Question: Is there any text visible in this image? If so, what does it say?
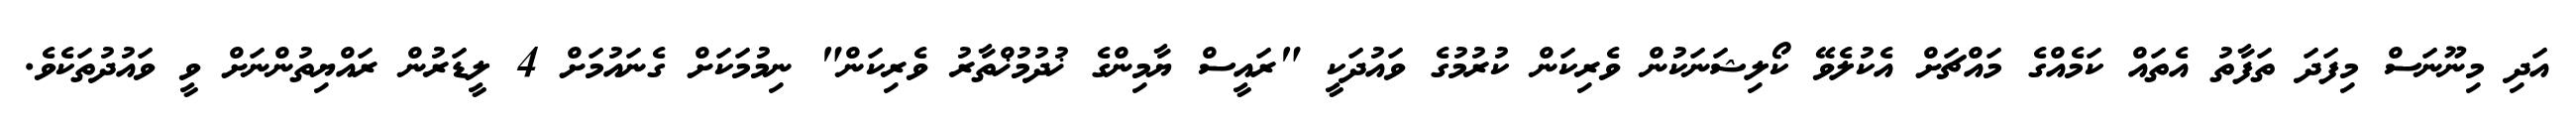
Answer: އަދި މިނޫނަސް މިފަދަ ތަފާތު އެތައް ކަމެއްގެ މައްޗަށް އެކުލެވޭ ކޯލިޝަނަކުން ވެރިކަން ކުރުމުގެ ވައުދަކީ "ރައީސް ޔާމިންގެ ޚުދުމުޚްތާރު ވެރިކަން" ނިމުމަކަށް ގެނައުމަށް 4 ލީޑަރުން ރައްޔިތުންނަށް ވީ ވައުދުތަކެވެ.